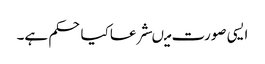
ایسی صورت میںشرعاکیاحکم ہے۔